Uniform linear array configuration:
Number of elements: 64
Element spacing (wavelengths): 0.75
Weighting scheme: binomial
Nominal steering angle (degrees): -45
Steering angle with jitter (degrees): -44.189
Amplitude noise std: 0.05
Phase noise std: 0.05

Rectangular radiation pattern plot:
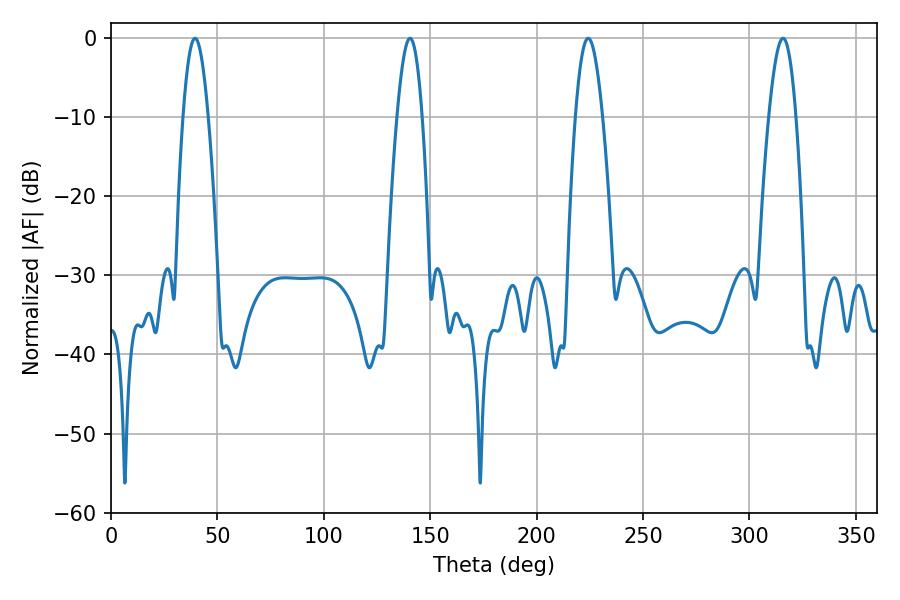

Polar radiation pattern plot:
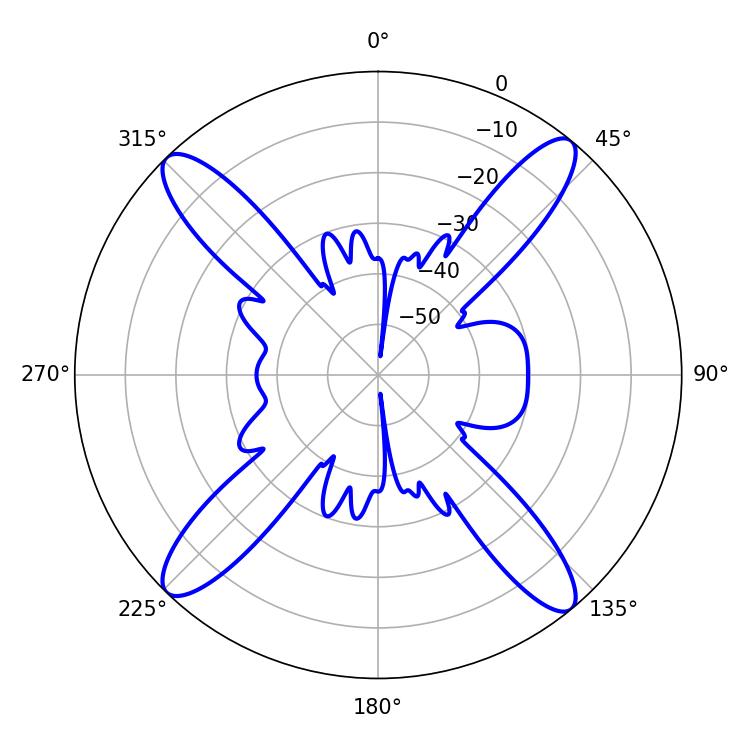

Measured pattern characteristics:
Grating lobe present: TRUE
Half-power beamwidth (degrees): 6.84
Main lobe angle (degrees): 315.72